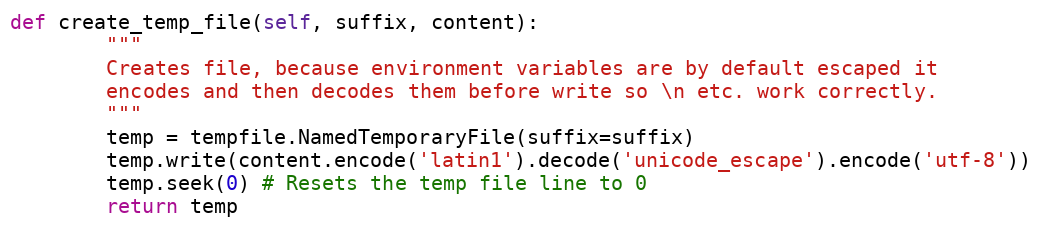
Language: Python
def create_temp_file(self, suffix, content):
        """
        Creates file, because environment variables are by default escaped it
        encodes and then decodes them before write so \n etc. work correctly.
        """
        temp = tempfile.NamedTemporaryFile(suffix=suffix)
        temp.write(content.encode('latin1').decode('unicode_escape').encode('utf-8'))
        temp.seek(0) # Resets the temp file line to 0
        return temp